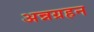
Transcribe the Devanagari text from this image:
अन्नग्रहन